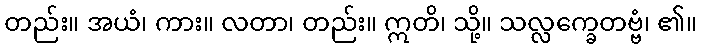
တည်း။ အယံ၊ ကား။ လတာ၊ တည်း။ ဣတိ၊ သို့။ သလ္လက္ခေတဗ္ဗံ၊ ၏။